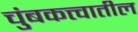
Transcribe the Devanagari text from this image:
चुंबकत्त्वातील